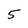
Character: 5